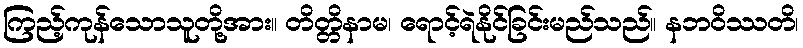
ကြည့်ကုန်သောသူတို့အား။ တိတ္တိနာမ၊ ရောင့်ရဲနိုင်ခြင်းမည်သည်။ နဘဝိဿတိ၊